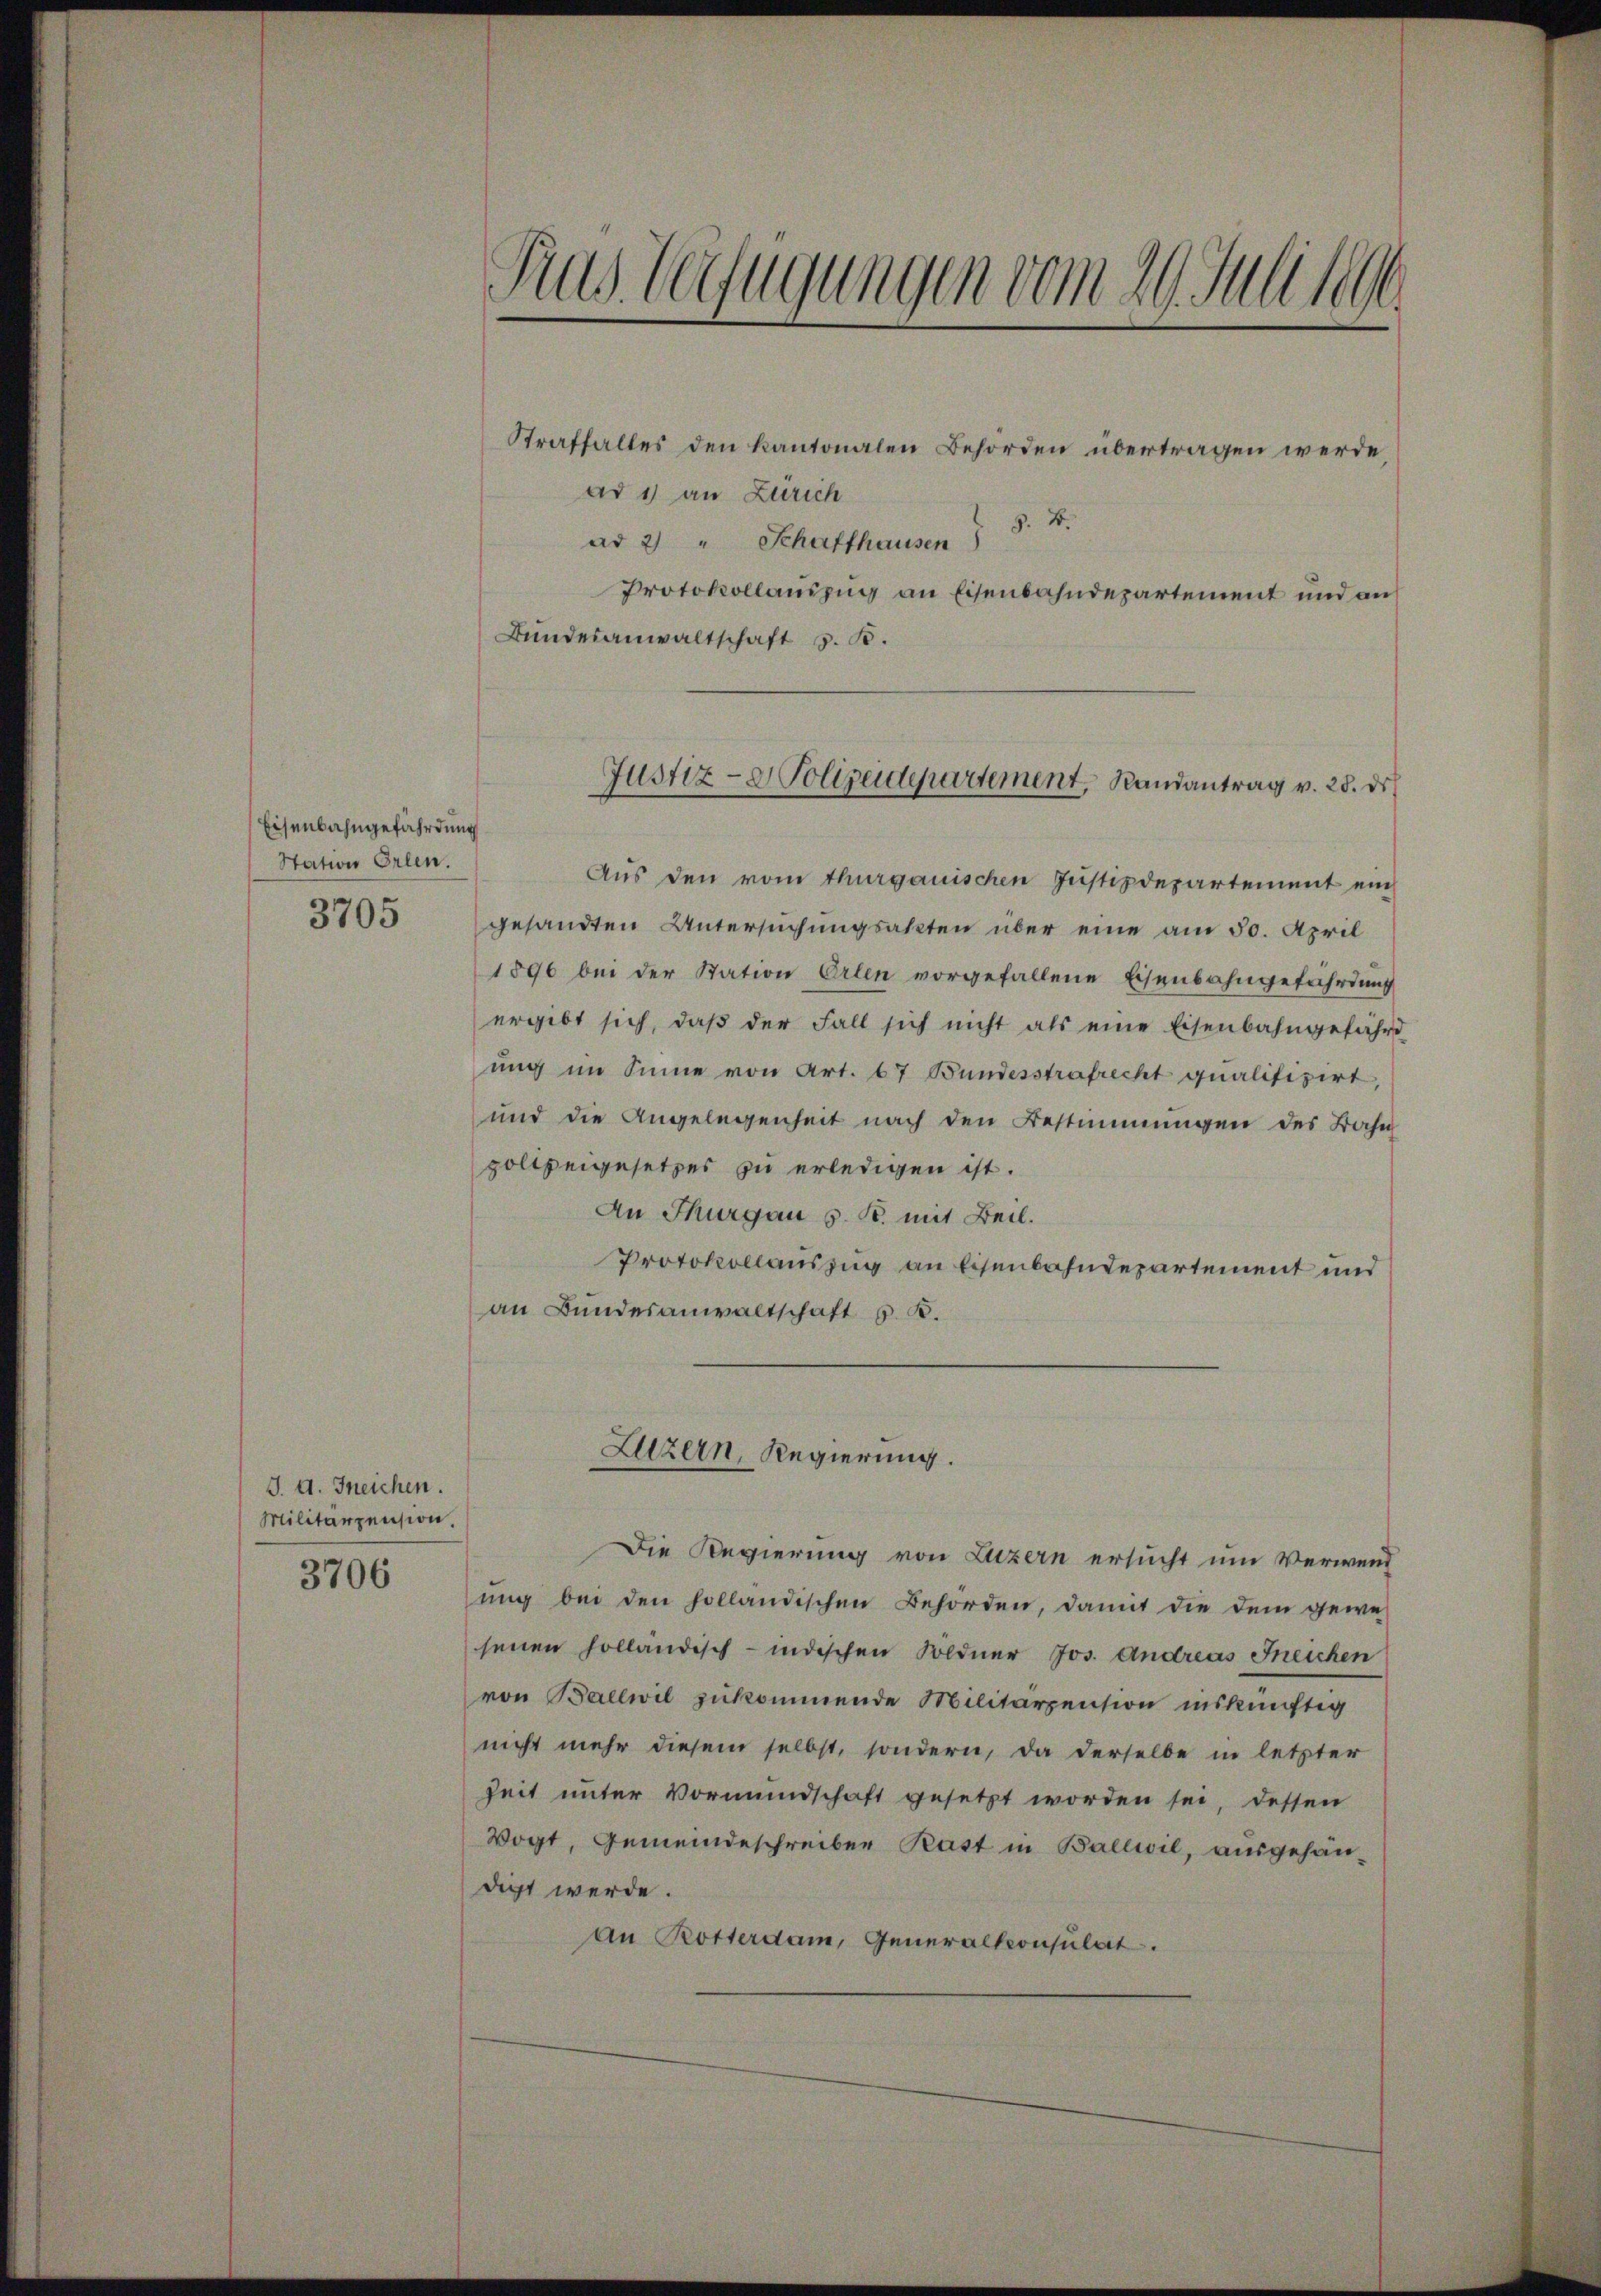
Eisenbahngefährdung
Station Erlen.

3705

J. A. Ineichen.
Militarzension.

3706

Tras Verfügungen vom 29. Juli 1890.

Straffalles den kantonalen Behörden übertragen werde,
ad 1) an Zürich
ad 2 " Schaffhausen §. 2.
Protokollauszug an Eisenbahndepartement und an
Bundesanwaltschaft z. B.

Justiz- & Polizeidepartement, Randantrag v. 28. ds.

Luzern, Regierung.

Aus den vom thurgauischen Justizdepartement ein
gesandten Untersuchungsakten über eine am 30. April
1896 bei der Station Orten vorgefallene Eisenbahngefährdung
ergibt sich, daβ der Fall sich nicht als eine Eisenbahngefahrt
ung im Sinne von Art. 67 Bundesstrafrecht qualifizirt,
und die Angelegenheit nach den Bestimmungen des Bahn
poltzeigesetzes zu erledigen ist.
An Thurgau s. R. mit Beil.
Protokollauszug an Eisenbahndepartement und
an Bundesanwaltschaft G. K.

Die Regierung von Luzern ersucht um Verwend
ung bei den holländischen Behörden, damit die dem gewe-
senen holländisch-indischen Soldner Jos. Andreas Ineichen
von Ballwil zukommende Militärpension inskünftig
nicht mehr diesem selbst, sondern, da derselbe in letzter
Zeit unter Vormundschaft gesetzt worden sei, dessen
Vogt, Gemeindeschreiber Kast in Ballwil, ausgehan-
digt werde.
an Rotterdam, Generalkonsulat.